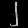
Digit: ၂